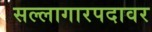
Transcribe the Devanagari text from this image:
सल्लागारपदावर